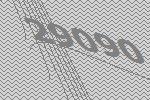
29090